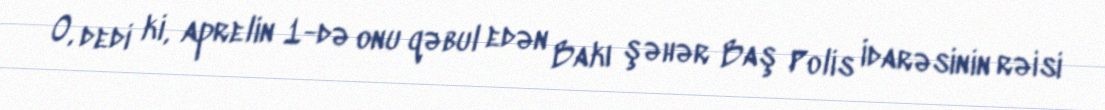
O, dedi ki, aprelin 1-də onu qəbul edən Bakı şəhər Baş Polis İdarəsinin rəisi